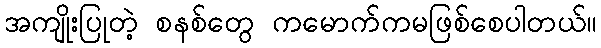
အကျိုးပြုတဲ့ စနစ်တွေ ကမောက်ကမဖြစ်စေပါတယ်။